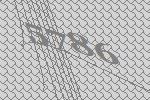
5786